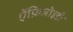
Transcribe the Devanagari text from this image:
ऐंफ़िजोइडी